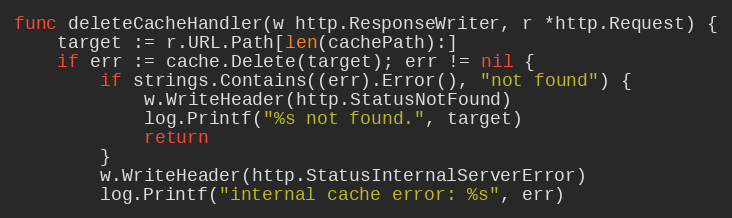
Language: Go
func deleteCacheHandler(w http.ResponseWriter, r *http.Request) {
	target := r.URL.Path[len(cachePath):]
	if err := cache.Delete(target); err != nil {
		if strings.Contains((err).Error(), "not found") {
			w.WriteHeader(http.StatusNotFound)
			log.Printf("%s not found.", target)
			return
		}
		w.WriteHeader(http.StatusInternalServerError)
		log.Printf("internal cache error: %s", err)